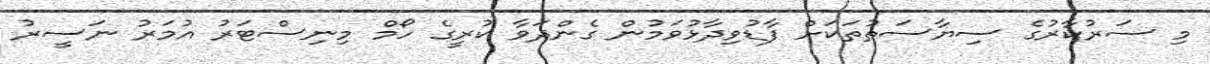
މި ސަރުކާރުގެ ސިޔާސަތުތަކަށް ފާޑުވިދާޅުވަމުން ގެންދަވާ ކުރީގެ ހޯމް މިނިސްޓަރު އުމަރު ނަސީރު